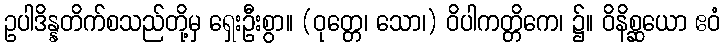
ဥပါဒိန္နတိက်စသည်တို့မှ ရှေးဦးစွာ။ (ဝုတ္တေ၊ သော၊) ဝိပါကတ္တိကေ၊ ၌။ ဝိနိစ္ဆယော ဧဝံ